Report on vaccination in Madras 1922-1929 - 1922-1929
Year: 1922
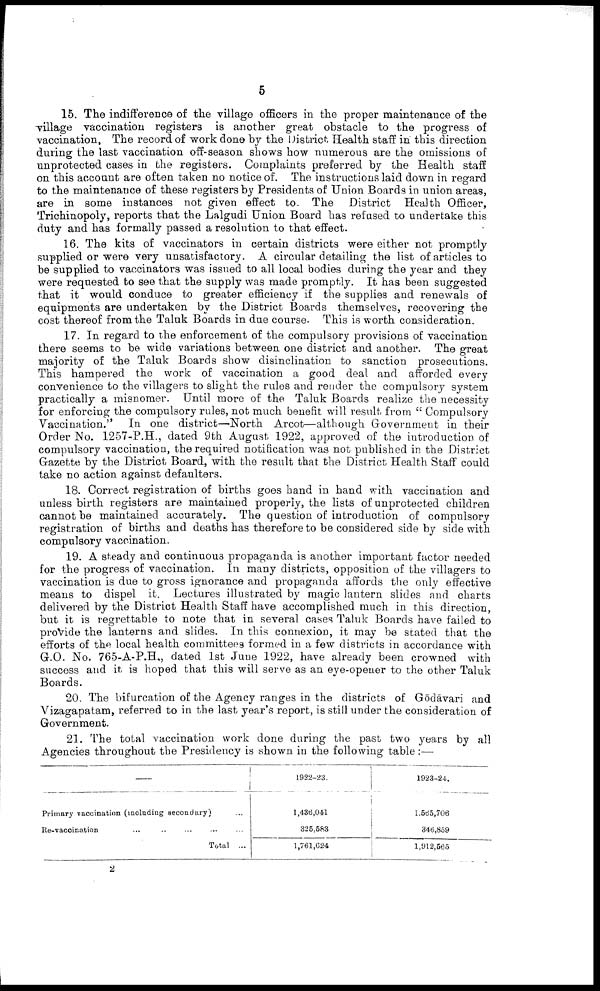
5
15. The indifference of the village officers in the proper maintenance of the
village vaccination registers is another great obstacle to the progress of
vaccination. The record of work done by the District Health staff in this direction
during the last vaccination off-season shows how numerous are the omissions of
unprotected cases in the registers. Complaints preferred by the Health staff
on this account are often taken no notice of. The instructions laid down in regard
to the maintenance of these registers by Presidents of Union Boards in union areas,
are in some instances not given effect to. The District Health Officer,
Trichinopoly, reports that the Lalgudi Union Board has refused to undertake this
duty and has formally passed a resolution to that effect.
16. The kits of vaccinators in certain districts were either not promptly
supplied or were very unsatisfactory. A circular detailing the list of articles to
be supplied to vaccinators was issued to all local bodies during the year and they
were requested to see that the supply was made promptly. It has been suggested
that it would conduce to greater efficiency if the supplies and renewals of
equipments are undertaken by the District Boards themselves, recovering the
cost thereof from the Taluk Boards in due course. This is worth consideration.
17. In regard to the enforcement of the compulsory provisions of vaccination
there seems to be wide variations between one district and another. The great
majority of the Taluk Boards show disinclination to sanction prosecutions.
This hampered the work of vaccination a good deal and afforded every
convenience to the villagers to slight the rules and render the compulsory system
practically a misnomer. Until more of the Taluk Boards realize the necessity
for enforcing the compulsory rules, not much benefit will result from " Compulsory
Vaccination." In one district—North Arcot—although Government in their
Order No. 1257-P.H., dated 9th August 1922, approved of the introduction of
compulsory vaccination, the required notification was not published in the District
Gazette by the District Board, with the result that the District Health Staff could
take no action against defaulters.
18. Correct registration of births goes hand in hand with vaccination and
unless birth registers are maintained properly, the lists of unprotected children
cannot be maintained accurately. The question of introduction of compulsory
registration of births and deaths has therefore to be considered side by side with
compulsory vaccination.
19. A steady and continuous propaganda is another important factor needed
for the progress of vaccination. In many districts, opposition of the villagers to
vaccination is due to gross ignorance and propaganda affords the only effective
means to dispel it. Lectures illustrated by magic lantern slides and charts
delivered by the District Health Staff have accomplished much in this direction,
but it is regrettable to note that in several cases Taluk Boards have failed to
provide the lanterns and slides. In this connexion, it may be stated that the
efforts of the local health committees formed in a few districts in accordance with
G.O. No. 765-A-P.H., dated 1st June 1922, have already been crowned with
success and it is hoped that this will serve as an eye-opener to the other Taluk
Boards.
20. The bifurcation of the Agency ranges in the districts of Gōdāvari and
Vizagapatam, referred to in the last year's report, is still under the consideration of
Government.
21. The total vaccination work done during the past two years by all
Agencies throughout the Presidency is shown in the following table:—
Primary vaccination (including secondary) ...
Re-vaccination
Total ...
1922-23.
1,436,041
325,583
1,761,624
1923-24.
1,565,706
346,859
1,912,565
2